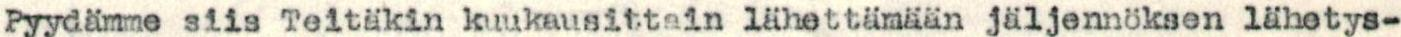
Pyydämme siis Teitäkin kuukausittain lähettämään jäljennöksen lähetys-